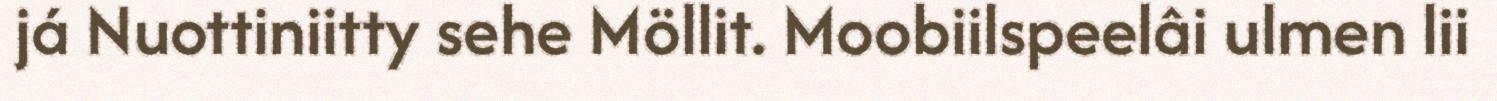
já Nuottiniitty sehe Möllit. Moobiilspeelâi ulmen lii